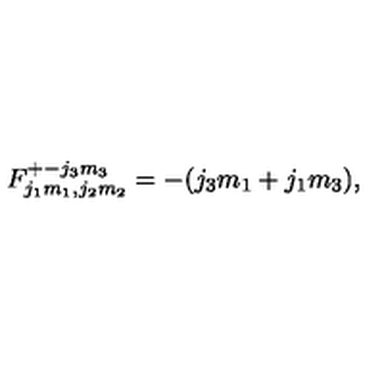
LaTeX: F _ { j _ { 1 } m _ { 1 } , j _ { 2 } m _ { 2 } } ^ { + - j _ { 3 } m _ { 3 } } = - ( j _ { 3 } m _ { 1 } + j _ { 1 } m _ { 3 } ) ,